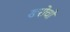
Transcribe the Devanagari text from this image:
खरोचों